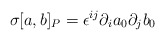
\begin{align*}\sigma [a,b]_{P} = \epsilon^{ij}\partial_{i}a_{0} \partial_{j}b_{0}\end{align*}